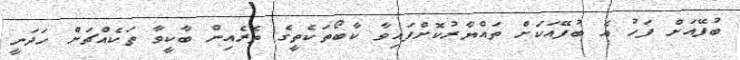
ބުފޭއަށް ފަހު އެ ބުފޭއަކަށް ތައްޔާރުކޮށްފައިވާ ކާބޯތަކެތީގެ ތެރެއިން ބާކީވާ ތަކެއްޗަށް ހަދަނީ